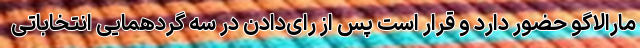
مارالاگو حضور دارد و قرار است پس از رای‌دادن در سه گردهمایی انتخاباتی